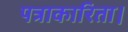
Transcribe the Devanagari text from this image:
पत्राकारिता।